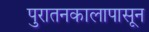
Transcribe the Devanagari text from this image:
पुरातनकालापासून